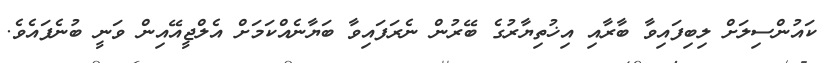
ކައުންސިލަށް ލިބިފައިވާ ބާރާއި އިޚުތިޔާރުގެ ބޭރުން ނެރަފައިވާ ބަޔާނެއްކަމަށް އެލްޖީއޭއިން ވަނީ ބުނެފައެވެ.